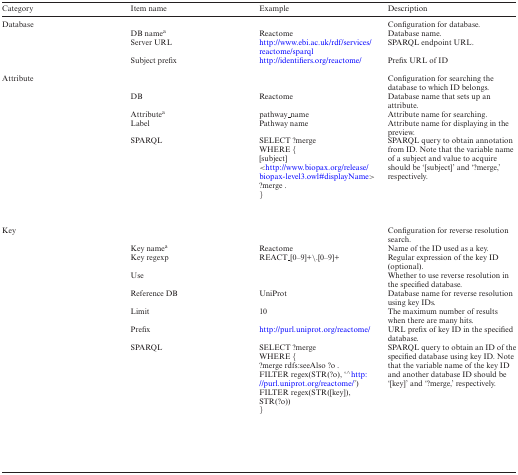
<table><thead><tr><td><b>Category</b></td><td><b>Item name</b></td><td><b>Example</b></td><td><b>Description</b></td></tr></thead><tbody><tr><td>Database </td><td></td><td></td><td>Configuration for database. </td></tr><tr><td></td><td>DB name<sup>a</sup></td><td>Reactome</td><td>Database name. </td></tr><tr><td></td><td>Server URL</td><td>http://www.ebi.ac.uk/rdf/services/reactome/sparql</td><td>SPARQL endpoint URL. </td></tr><tr><td></td><td>Subject prefix</td><td>http://identifiers.org/reactome/</td><td>Prefix URL of ID</td></tr><tr><td>Attribute </td><td></td><td> </td><td>Configuration for searching the database to which ID belongs. </td></tr><tr><td></td><td>DB</td><td>Reactome</td><td>Database name that sets up an attribute. </td></tr><tr><td></td><td>Attribute<sup>a</sup></td><td>pathway_name</td><td>Attribute name for searching. </td></tr><tr><td></td><td>Label</td><td>Pathway name</td><td>Attribute name for displaying in the preview. </td></tr><tr><td></td><td>SPARQL</td><td>SELECT? merge WHERE { [subject] &lt;http://www.biopax.org/release/biopax-level3.owl#displayName&gt; ?merge. }</td><td>SPARQL query to obtain annotation from ID. Note that the variable name of a subject and value to acquire should be ‘[subject]’ and ‘?merge,’ respectively.</td></tr><tr><td>Key </td><td></td><td> </td><td>Configuration for reverse resolution search. </td></tr><tr><td></td><td>Key name<sup>a</sup></td><td>Reactome</td><td>Name of the ID used as a key. </td></tr><tr><td></td><td>Key regexp</td><td>REACT_[0–9]+\.[0–9]+</td><td>Regular expression of the key ID (optional). </td></tr><tr><td></td><td>Use </td><td></td><td>Whether to use reverse resolution in the specified database. </td></tr><tr><td></td><td>Reference DB</td><td>UniProt</td><td>Database name for reverse resolution using key IDs. </td></tr><tr><td></td><td>Limit</td><td>10</td><td>The maximum number of results when there are many hits. </td></tr><tr><td></td><td>Prefix</td><td>http://purl.uniprot.org/reactome/</td><td>URL prefix of key ID in the specified database. </td></tr><tr><td></td><td>SPARQL</td><td>SELECT ?merge WHERE { ?merge rdfs:seeAlso ?o. FILTER regex(STR(?o), ‘<sup>∧</sup>http://purl.uniprot.org/reactome/’) FILTER regex(STR([key]), STR(?o)) }</td><td>SPARQL query to obtain an ID of the specified database using key ID. Note that the variable name of the key ID and another database ID should be ‘[key]’ and ‘?merge,’ respectively.</td></tr></tbody></table>